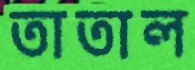
তাতাল